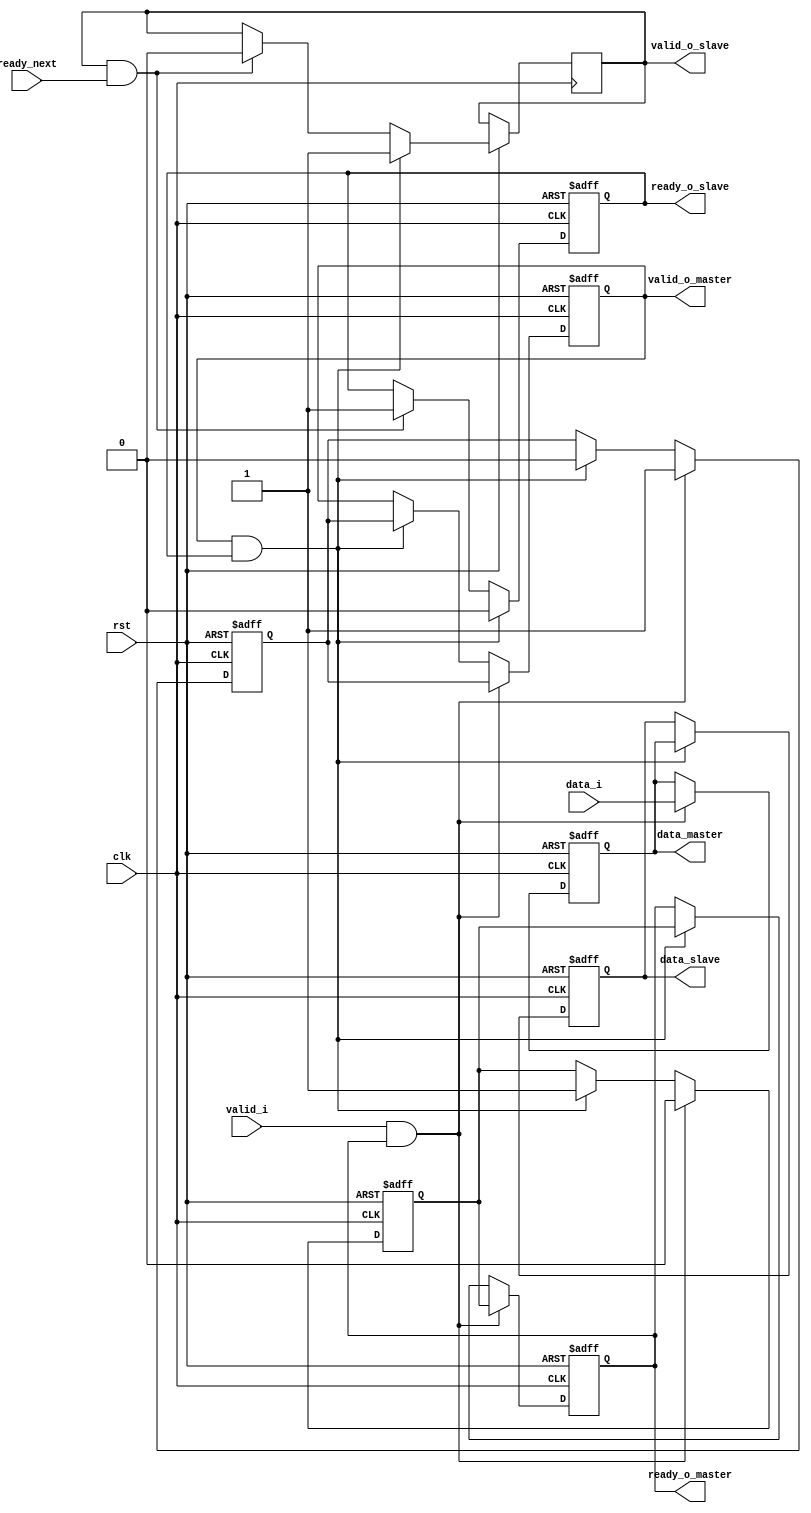
module handshake(
	input clk, 
	input rst,
	input [0:6] data_i, //from pre-stage
	input valid_i, //from pre-stage
	input ready_next, //The next-stage after slave(Not describe in this circut)
	output reg valid_o_slave,
	output reg ready_o_master, //ready out from master to pre-stage
	output reg valid_o_master, //master out valid
	output reg ready_o_slave, //ready out from slave to master
	output reg[0:6] data_master,
	output reg[0:6] data_slave //from slave
);

reg ready_reg;
reg valid_reg;
always@(posedge clk or negedge rst) //Master
begin
	if(!rst)
		begin
		ready_o_master <= 1'b1;
		valid_o_master <= 1'b0;
		data_master <= 7'b0;
		ready_reg <= 1;
		valid_reg <= 0;
		end
	else if(valid_i & ready_o_master)
		begin
		data_master <= data_i;
		valid_reg <= 1'b1; //To tell the slave that master have already to transfer the information
		valid_o_master <= valid_reg;
		ready_reg <= 1'b0;
		ready_o_master <= ready_reg; 
		end
	else if(valid_o_master & ready_o_slave)
		begin
		ready_reg <= 1'b1;
		ready_o_master <= ready_reg; //Ready to receive data
		valid_reg <= 1'b0;
		valid_o_master <= valid_reg; //The data has already transfer to slave
		end
end


always@(posedge clk or negedge rst) //slave
begin
	if(!rst)
	begin
	ready_o_slave <= 1'b1;
	data_slave <= 7'b0;
	end
	else if(valid_o_master & ready_o_slave)
	begin
	data_slave <= data_master;
	valid_o_slave <= 1'b1; 
	ready_o_slave <= 1'b0;
	end
	else if(valid_o_slave & ready_next)
	begin
	ready_o_slave <= 1'b1;
	valid_o_slave <= 1'b0;
	end
end


endmodule